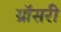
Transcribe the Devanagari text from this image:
ग्रॉसरी